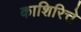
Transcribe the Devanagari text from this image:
काशिरित्ते